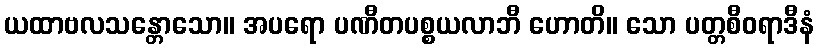
ယထာဗလသန္တောသော။ အပရော ပဏီတပစ္စယလာဘီ ဟောတိ။ သော ပတ္တစီဝရာဒီနံ